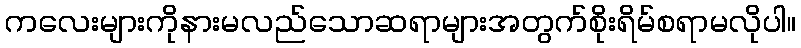
ကလေးများကိုနားမလည်သောဆရာများအတွက်စိုးရိမ်စရာမလိုပါ။